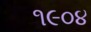
૧૯૦૪